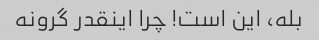
بله، این است! چرا اینقدر گرونه